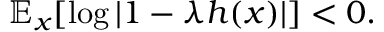
\mathbb { E } _ { x } [ \log | 1 - \lambda h ( x ) | ] < 0 .